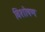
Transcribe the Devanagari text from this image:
विशोषण